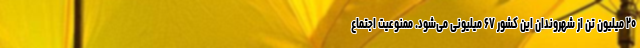
۲۰ میلیون تن از شهروندان این کشور ۶۷ میلیونی می‌شود. ممنوعیت اجتماع